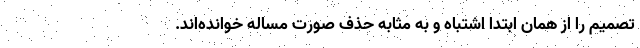
تصمیم را از همان ابتدا اشتباه و به مثابه حذف صورت مساله خوانده‌اند.